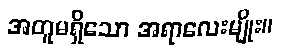
အတူမရှိသော အရာလေးမျိုး။